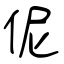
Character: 伲